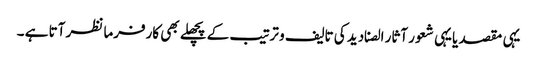
یہی مقصد یا یہی شعور آثار الصنادید کی تالیف و ترتیب کے پچھلے بھی کارفرما نظر آتا ہے ۔